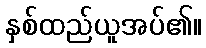
နှစ်ထည်ယူအပ်၏။